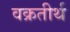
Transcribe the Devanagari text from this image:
वक्रतीर्थ